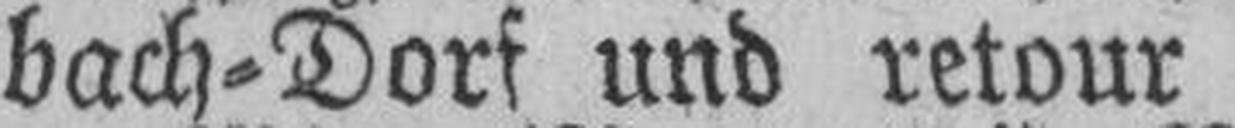
bach=Dorf und retour